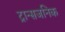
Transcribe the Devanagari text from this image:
ट्रान्सजनिक